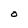
Character: O